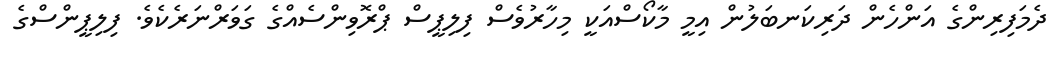
ދެމަފިރިންގެ އަންހެން ދަރިކަނބަލުން އިމީ މާކޯސްއަކީ މިހާރުވެސް ފިލިޕީސް ޕްރޮވިންސެއްގެ ގަވަރްނަރެކެވެ. ފިލިޕީންސްގެ